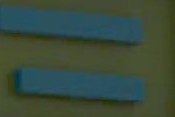
11